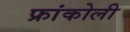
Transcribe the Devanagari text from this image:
फ्रांकोली